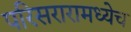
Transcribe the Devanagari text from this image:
परिसरारामध्येच